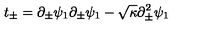
t _ { \pm } = \partial _ { \pm } \psi _ { 1 } \partial _ { \pm } \psi _ { 1 } - \sqrt { \kappa } \partial _ { \pm } ^ { 2 } \psi _ { 1 }